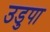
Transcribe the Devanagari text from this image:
उडुपा